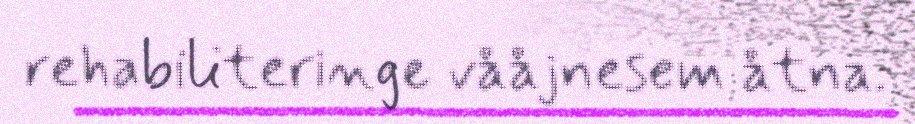
rehabiliteringe vååjnesem åtna.